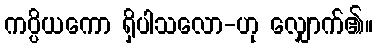
ကပ္ပိယကော ရှိပါသလော-ဟု လျှောက်၏။